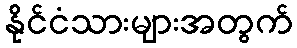
နိုင်ငံသားများအတွက်